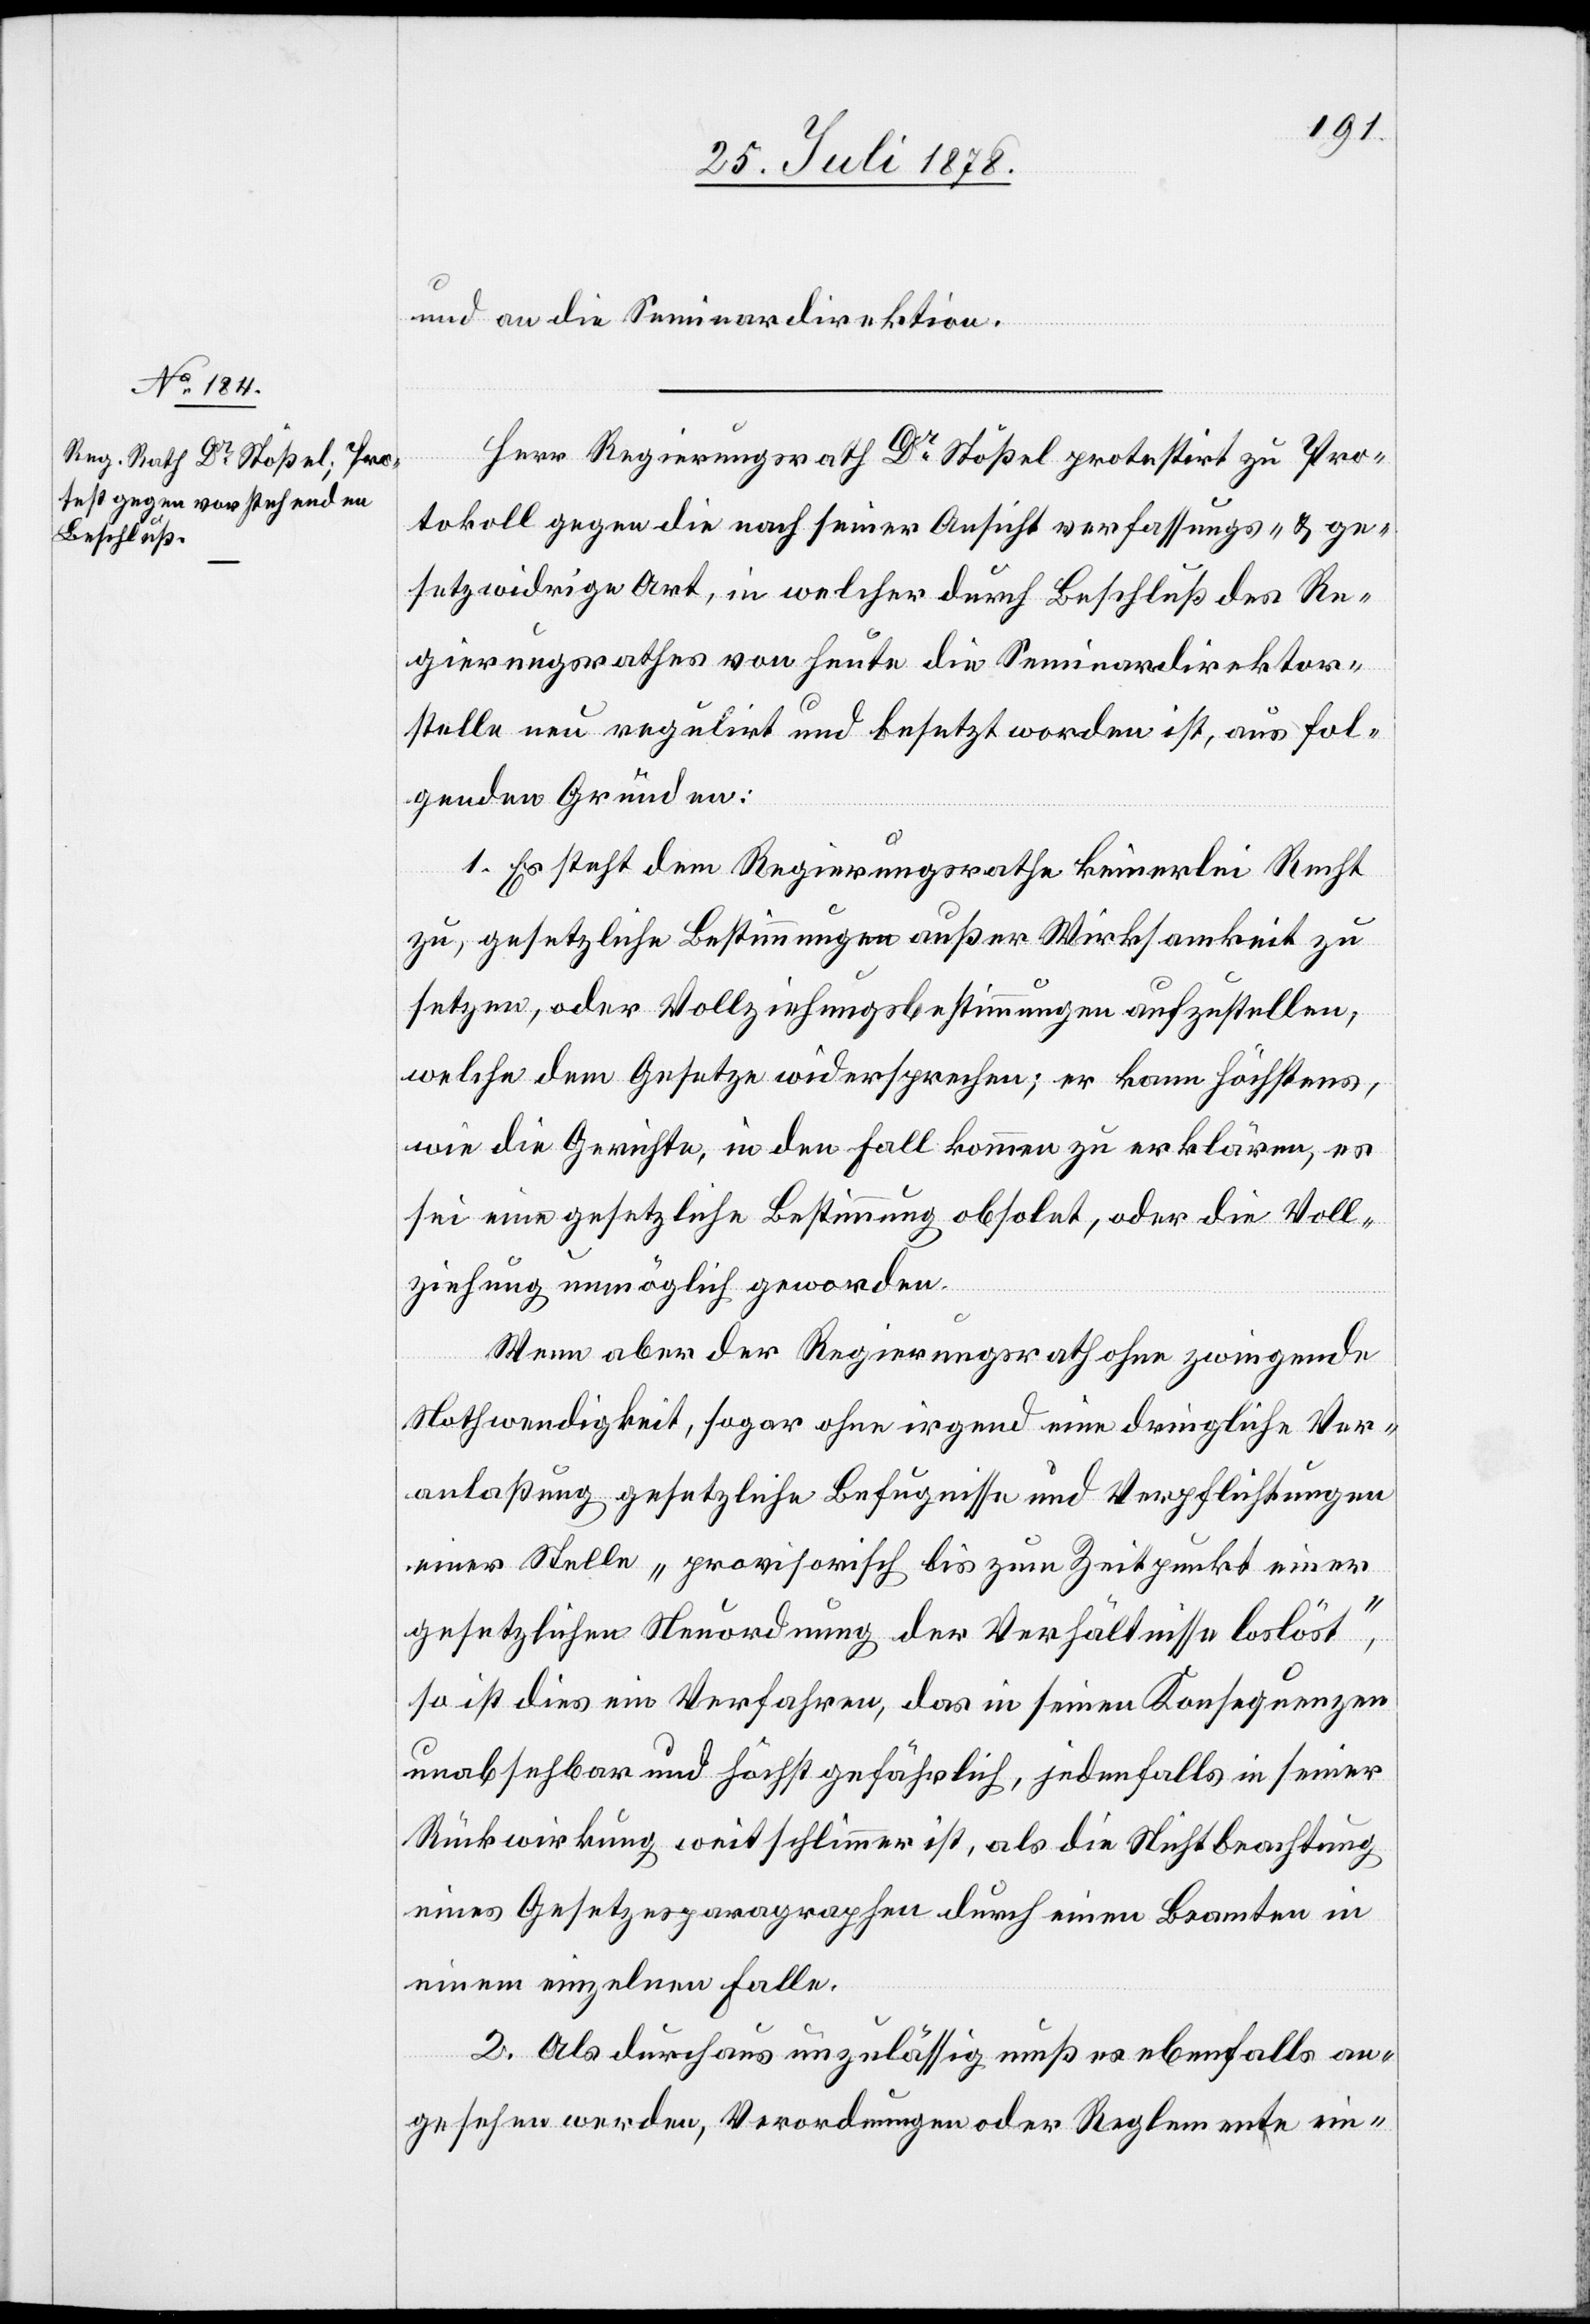
und an die Seminardirektion.
Herr Regierungsrath Dr Stößel protestirt zu Pro¬
tokoll gegen die nach seiner Ansicht verfassungs- & ge¬
setzwidrige Art, in welcher durch Beschluß des Re¬
gierungsrathes von heute die Seminardirektor¬
stelle neu regulirt und besetzt worden ist, aus fol¬
genden Gründen:
1. Es steht dem Regierungsrathe keinerlei Recht
zu, gesetzliche Bestimmungen außer Wirksamkeit zu
setzen, oder Vollziehungsbestimmungen aufzustellen,
welche dem Gesetze widersprechen; er kann höchstens,
wie die Gerichte, in den Fall kommen zu erklären, es
sei eine gesetzliche Bestimmung obsolet, oder die Voll¬
ziehung unmöglich geworden.
Wenn aber der Regierungsrath ohne zwingende
Nothwendigkeit, sogar ohne irgend eine dringliche Ver¬
anlaßung gesetzliche Befugnisse und Verpflichtungen
einer Stelle „provisorisch bis zum Zeitpunkt einer
gesetzlichen Neuordnung der Verhältnisse loslöst“,
so ist dies ein Verfahren, das in seinen Konsequenzen
unabsehbar und höchst gefährlich, jedenfalls in seiner
Rückwirkung weit schlimmer ist, als die Nichtbeachtung
eines Gesetzesparagraphen durch einen Beamten in
einem einzelnen Falle.
2. Als durchaus unzulässig muß es ebenfalls an¬
gesehen werden, Verordnungen oder Reglemente ein-